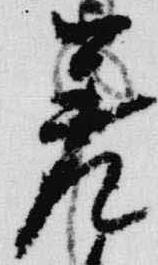
差